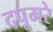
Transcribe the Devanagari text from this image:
दपूमरे